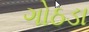
ગોઠડા